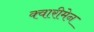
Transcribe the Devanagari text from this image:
क्वारीमेन